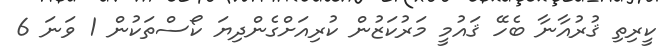
ކީރިތި ޤުރުއާނާ ބެހޭ ޤައުމީ މަރުކަޒުން ކުރިއަށްގެންދިޔަ ކޯސްތަކުން 1 ވަނަ 6